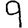
Digit: 9